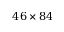
4 6 \times 8 4